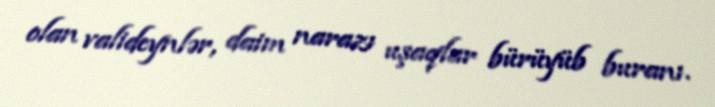
olan valideynlər, daim narazı uşaqlar bürüyüb buranı.